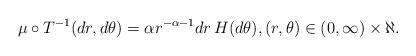
LaTeX: \begin{align*} \mu \circ T^{-1}(dr, d\theta) = \alpha r^{-\alpha-1} dr \, H(d\theta), (r, \theta) \in (0, \infty) \times \aleph.\end{align*}